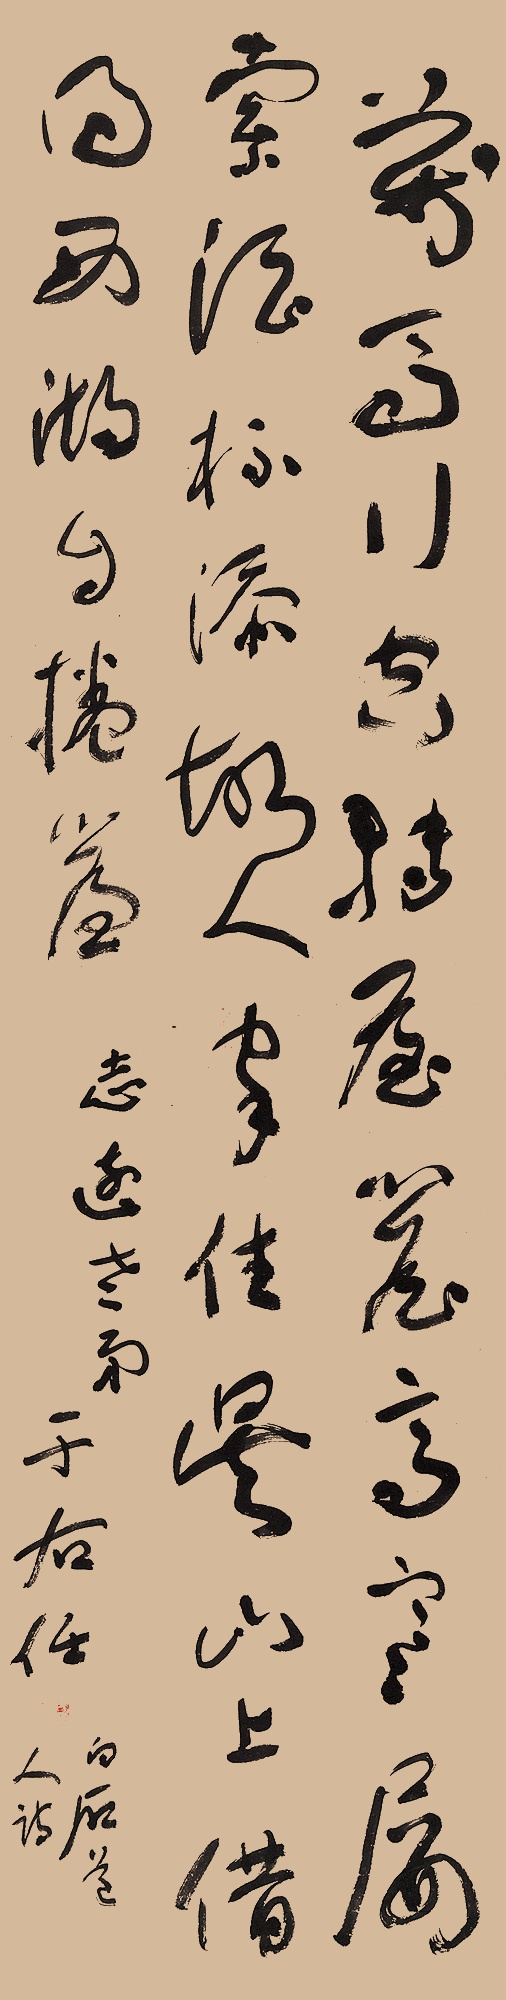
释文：万马行空转屋檐，高寒屡索酒杯添。故人家住吴山上，借得西湖自卷帘。志远老弟。于右任。白石道人诗。